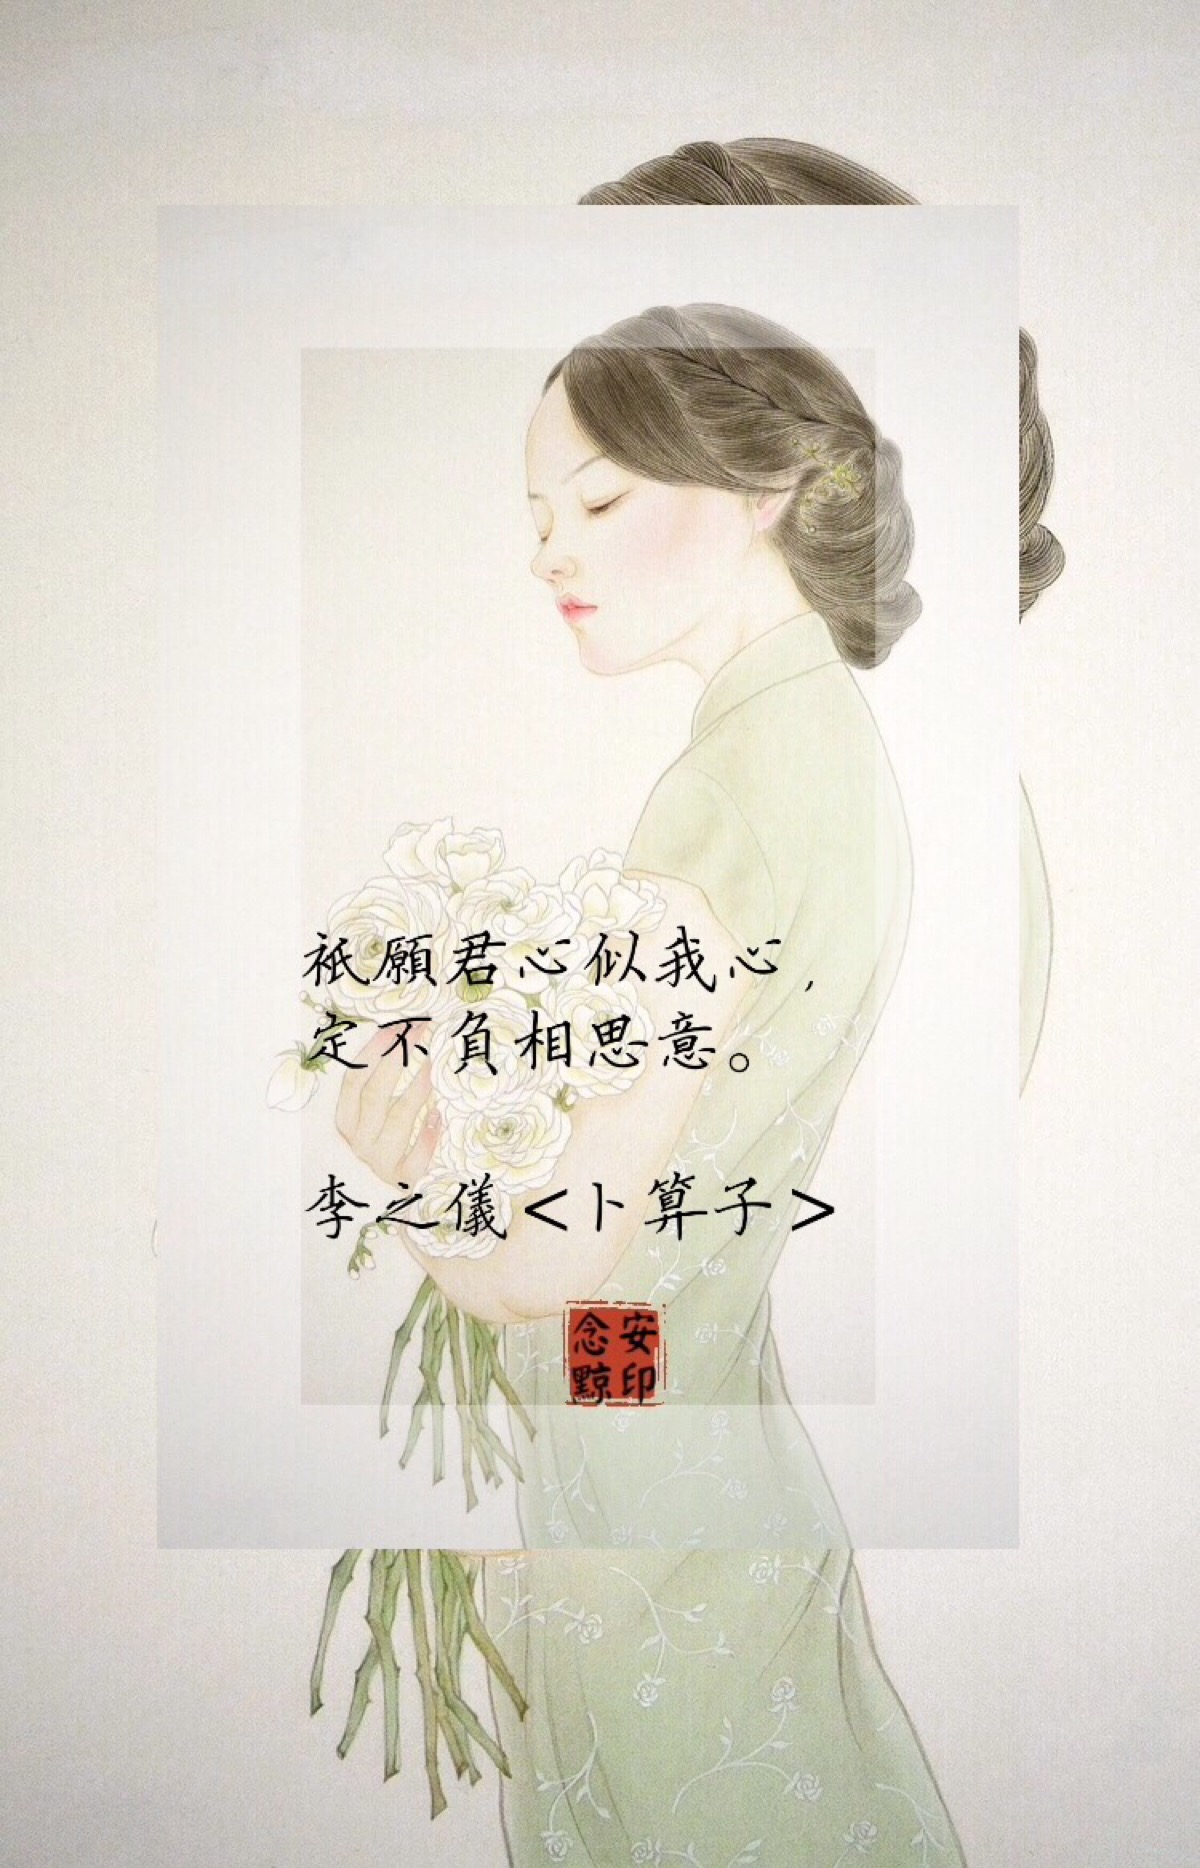
只愿君心似我心，定不负相思意。